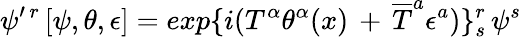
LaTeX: \psi^{\prime\, r\, }[\psi,\theta,\epsilon]=exp\{ i(T^{\alpha}\theta^{\alpha}(x)\, +\, {\overline{{T}}}^{a}\epsilon^{a})\} _{s}^{r}\, \psi^{s}